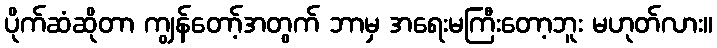
ပိုက်ဆံဆိုတာ ကျွန်တော့်အတွက် ဘာမှ အရေးမကြီးတော့ဘူး မဟုတ်လား။